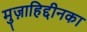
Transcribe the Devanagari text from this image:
मुज़ाहिद्दीनका